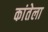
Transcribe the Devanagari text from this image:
कांतेला